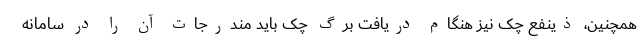
همچنین، ذینفع چک نیز هنگام دریافت برگ چک باید مندرجات آن را در سامانه